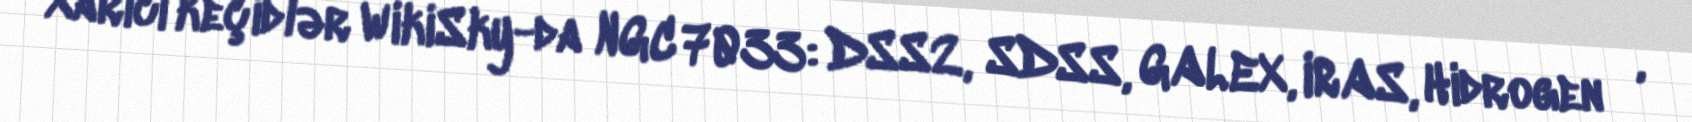
Xarici keçidlər WikiSky-da NGC 7033: DSS2, SDSS, GALEX, IRAS, Hidrogen α,